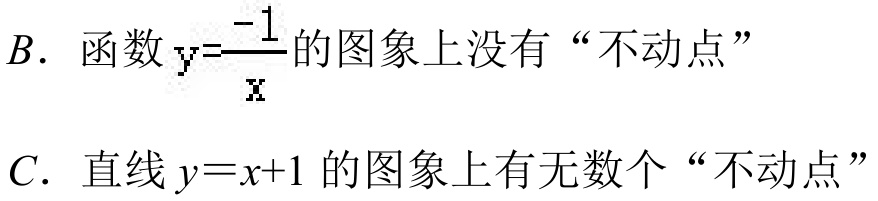
\(B\). 函数\(y = \frac{-1}{x}\)的图象上没有“不动点”
\(C\). 直线\(y = x + 1\)的图象上有无数个“不动点”